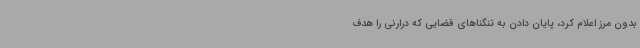
بدون مرز اعلام کرد، پایان دادن به تنگناهای قضایی که درارنی را هدف